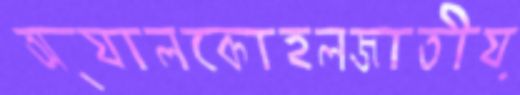
অ্যালকোহলজাতীয়